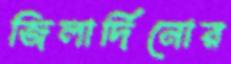
জিলার্দিনোর